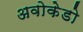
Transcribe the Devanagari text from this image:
अवोकेडो